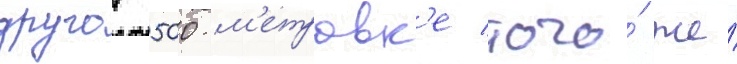
другои 500-м'етровк'е того́ же́